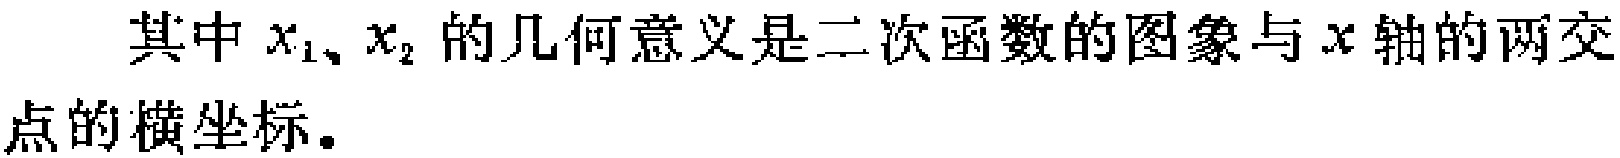
其中 \(x_1、x_2\) 的几何意义是二次函数的图象与 \(x\) 轴的两交点的横坐标。